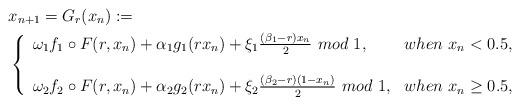
LaTeX: \begin{align*}&x_{n+1}=G_r(x_n):=\\&\left\{\begin{array}{ll}\omega_1f_1 \circ F(r,x_n)+\alpha_1g_1(rx_n)+\xi_1\frac{(\beta_1-r)x_n}{2}~mod~1,&when~x_n<0.5,\\\\\omega_2f_2 \circ F(r,x_n)+\alpha_2g_2(rx_n)+\xi_2\frac{(\beta_2-r)(1-x_n)}{2}~mod~1,&when~x_n\geq0.5,\\\end{array}\right.\end{align*}